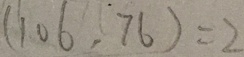
( 1 0 6 , 7 6 ) = 2